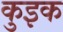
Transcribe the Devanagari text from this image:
कुइक